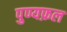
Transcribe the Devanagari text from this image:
पुण्यफ़ल